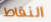
النقاط